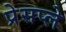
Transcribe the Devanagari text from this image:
प्रेसप्ले